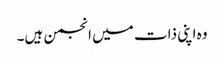
وہ اپنی ذات میں انجمن ہیں۔